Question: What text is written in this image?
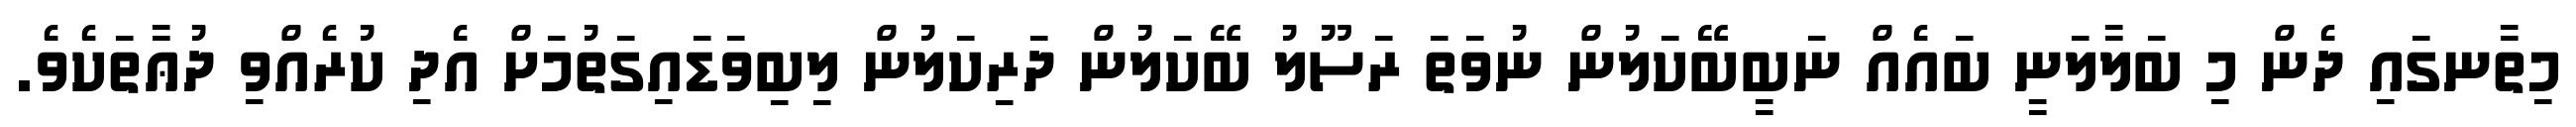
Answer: މިތާނގައި ދެން މި ބަލާލަނީ ބައެއް ނަބީބޭކަލުން ނުވަތަ ރަސޫލު ބޭކަލުން ދަރިކަލުން ލިބިވަޑައިގަތުމަށް އެދި ކުރެއްވި ދުޢާތަކެވެ.